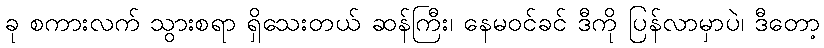
ခု စကားလက် သွားစရာ ရှိသေးတယ် ဆန်ကြီး၊ နေမဝင်ခင် ဒီကို ပြန်လာမှာပဲ၊ ဒီတော့